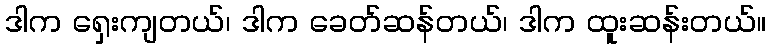
ဒါက ရှေးကျတယ်၊ ဒါက ခေတ်ဆန်တယ်၊ ဒါက ထူးဆန်းတယ်။